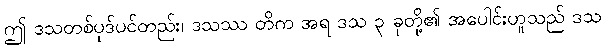
ဤ ဒသတစ်ပုဒ်ပင်တည်း၊ ဒသဿ တိက အရ ဒသ ၃ ခုတို့၏ အပေါင်းဟူသည် ဒသ